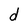
Character: d